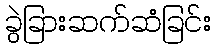
ခွဲခြားဆက်ဆံခြင်း